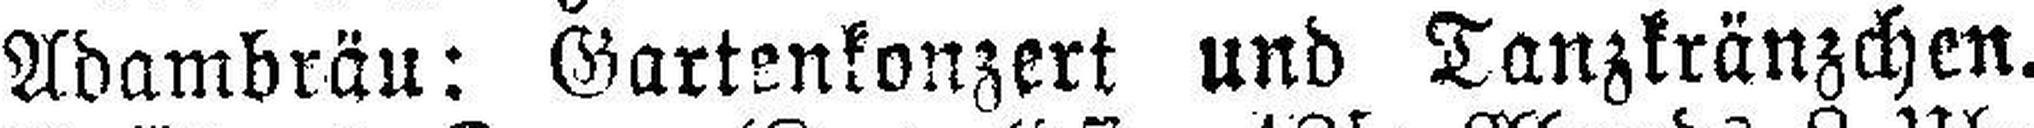
Adambräu: Gartenkonzert und Tanzkränzchen.